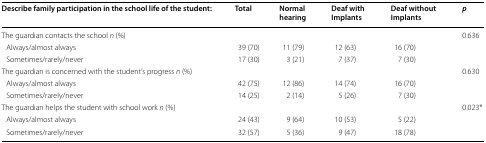
<table><thead><tr><td><b>Describe family participation in the school life of the student:</b></td><td><b>Total</b></td><td><b>Normal hearing</b></td><td><b>Deaf with Implants</b></td><td><b>Deaf without Implants</b></td><td><b><i>p</i></b></td></tr></thead><tbody><tr><td>The guardian contacts the school <i>n</i> (%)</td><td>[EMPTY_CELL]</td><td>[EMPTY_CELL]</td><td>[EMPTY_CELL]</td><td>[EMPTY_CELL]</td><td>0.636</td></tr><tr><td> Always/almost always</td><td>39 (70)</td><td>11 (79)</td><td>12 (63)</td><td>16 (70)</td><td>[EMPTY_CELL]</td></tr><tr><td> Sometimes/rarely/never</td><td>17 (30)</td><td>3 (21)</td><td>7 (37)</td><td>7 (30)</td><td>[EMPTY_CELL]</td></tr><tr><td>The guardian is concerned with the student’s progress <i>n</i> (%)</td><td>[EMPTY_CELL]</td><td>[EMPTY_CELL]</td><td>[EMPTY_CELL]</td><td>[EMPTY_CELL]</td><td>0.630</td></tr><tr><td> Always/almost always</td><td>42 (75)</td><td>12 (86)</td><td>14 (74)</td><td>16 (70)</td><td>[EMPTY_CELL]</td></tr><tr><td> Sometimes/rarely/never</td><td>14 (25)</td><td>2 (14)</td><td>5 (26)</td><td>7 (30)</td><td>[EMPTY_CELL]</td></tr><tr><td>The guardian helps the student with school work <i>n</i> (%)</td><td>[EMPTY_CELL]</td><td>[EMPTY_CELL]</td><td>[EMPTY_CELL]</td><td>[EMPTY_CELL]</td><td>0.023*</td></tr><tr><td> Always/almost always</td><td>24 (43)</td><td>9 (64)</td><td>10 (53)</td><td>5 (22)</td><td>[EMPTY_CELL]</td></tr><tr><td> Sometimes/rarely/never</td><td>32 (57)</td><td>5 (36)</td><td>9 (47)</td><td>18 (78)</td><td>[EMPTY_CELL]</td></tr></tbody></table>